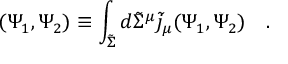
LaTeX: ( \Psi _ { 1 } , \Psi _ { 2 } ) \equiv \int _ { \tilde { \Sigma } } d \tilde { \Sigma } ^ { \mu } \tilde { j } _ { \mu } ( \Psi _ { 1 } , \Psi _ { 2 } ) ~ ~ ~ .